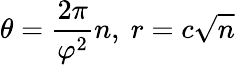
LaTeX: \theta={\frac{2\pi}{\varphi^{2}}}n,\ r=c{\sqrt{n}}